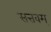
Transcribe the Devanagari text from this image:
सत्तवम्‌